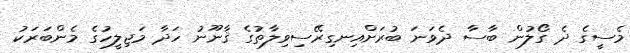
މެސީގެ ދެ ގޯލުން ބާސާ ދެވަނަ ބުރަށްއިނގިރޭސިވިލާތުގެ ޤާނޫނު ހަދާ މަޖިލީހުގެ މެންބަރަކު